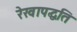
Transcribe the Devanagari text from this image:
रेखापद्धति